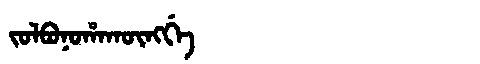
Manchu: ᠵᠣᠯᠪᠣᠨᠣᡥᠠᡴᡡᠩᡤᡝ
Romanization: JOLBONOHAKŪNGGE